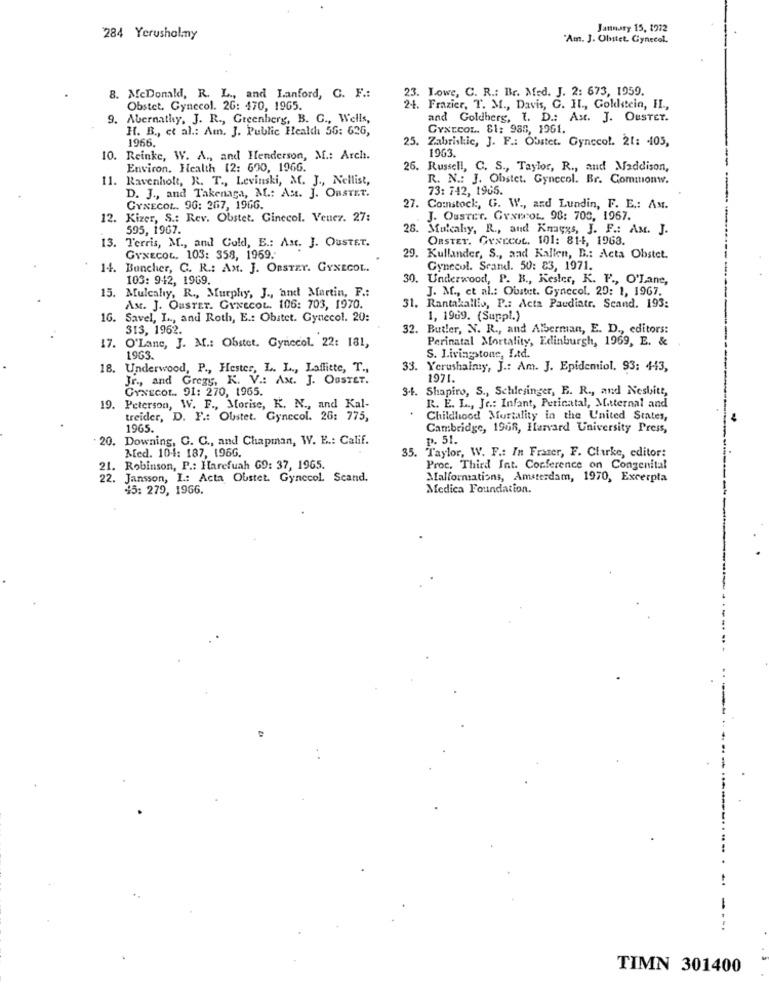
January 15, 1972
284 Yerusholmy
"Am. J. Olytet. Gynecol.
23. Lowe, C. R .: Br. Med. J. 2: 673, 1959.
8. McDonald, R. L ., and Lanford, C. F .:
Obstet. Gynecol. 26: 470, 1965.
24. Frazier, T. M ., Davis, G. I ., Goldstein, IL .,
9. Abernathy, J. R ., Greenberg, B. G ., Wells,
and Goldberg, I. D .: Ast. J. OUSTET.
H. B ., et al .: Am. J. Public Health 56: 626,
GYNECOL. SI: 988, 1961.
1966.
25. Zabriskic, J. F .: Obstet. Gynecol. 21: 105,
1963.
10.
Reinke, W. A ., and Henderson, M .: Arch.
Environ. Health 12: 690, 1966.
26. Russell, C. S ., Taylor, R ., and Maddison,
11. Ravenholt, R. T ., Levinski, M. J ., Nellist,
R. N .: J. Obstet. Gynecol. Br. Commonw.
73: 742, 1965.
D. J ., and Takenaga, M .: AM. J. OBSTET.
27.
GYNECOL. 90: 267, 1966.
Comstock, G. W ., and Lundin, F. E .: AM.
12.
Kizer, S .: Rev. Obstet. Ginecol. Venez. 27:
J. Ouster. GrxproL. 98: 700, 1967.
595, 1967.
. Mulcahy, R ., and Knagys, J. F .: AM. J.
OBSTET. GYNECOL. 101: 81-1, 1963.
13. Terris, M ., and Gold, B .: Ast. J. OuSTET.
GYNECOL. 103: 358, 1969.
29. Kullander, S ., and Kallen, B .: Acta Obstet.
1.4. Buncher, C. R .: AM. J. ORSTEY. GYNECOL.
Gynecol. Srand. 50: 83, 1971.
103: 942, 1969.
30. Underwood, P. B ., Kester, K. F ., O'Lane,
15. Mulcahy, R ., Murphy, J ., and Martin, F .:
J. M ., et al .: Obstet. Gynecol. 20: 1, 1967.
Ast. J. OUSTET. GYNECOL. 106: 703, 1970.
31. Rantakallio, P .: Acta Paudiatr. Scand. 193:
16.
Savel, I .., and Roth, E .: Obstet. Gynecol. 20:
1, 1969. (Suppl.)
313, 1962.
32. Butler, N. R ., and Alberman, E. D ., editors:
Perinatal Mortality, Edinburgh, 1969, E. &
17. O'Lane, J. M .: Obstet, Gynecol. 22: 181,
1963.
S. Livingstone, Ltd.
. Underwood, P ., Hester, L. L ., Laffitte, T .,
33. Yerushalmy, J .: Am. J. Epidemiol. 93: 443,
Jr ., and Gregy, K. V .: Ax. J. OUSTET.
1971.
GYNECOL. 91: 270, 1965.
3.4. Shapiro, S ., Schlesinger, E. R ., and Nesbitt,
19.
Peterson, W. F ., Morise, K. N ., and Kal-
R. E. L ., Je .: Infant, Peticatal, Maternal and
treider, D. F .: Obstet. Gynecol. 26: 775,
Childhood Mortality in the United States,
1965.
Cambridge, 1968, Harvard University Press,
20. Downing, C. C ., and Chapman, W. E .: Calif.
p. 51.
Med. 10.4: 187, 1966.
35. Taylor, W. F .: In Fraser, F. Clarke, editor:
.Robinson, P .: Harefuah 69: 37, 1965.
Proc. Third Int. Conference on Congenital
22. Jansson, I .: Acta Obstet Gynecol. Scand.
Malformations, Amsterdam, 1970, Excerpta
45: 279, 1966.
Medica Foundation.
-
TIMN 301400